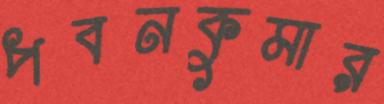
পবনকুমার